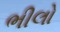
ભીલો